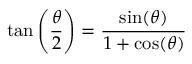
\tan \left( { \frac { \theta } { 2 } } \right) = { \frac { \sin ( \theta ) } { 1 + \cos ( \theta ) } }